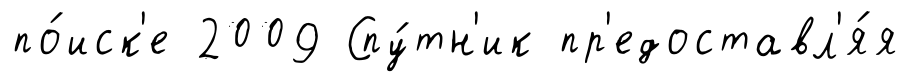
по́иск'е 2009 Спу́тн'ик пр'едоставл'я́я